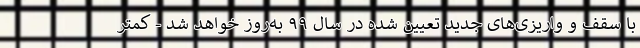
با سقف و واریزی‌های جدید تعیین شده در سال ۹۹ به‌روز خواهد شد - کمتر